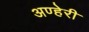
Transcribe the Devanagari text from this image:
अण्हेरी